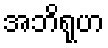
အဘိရုဟ